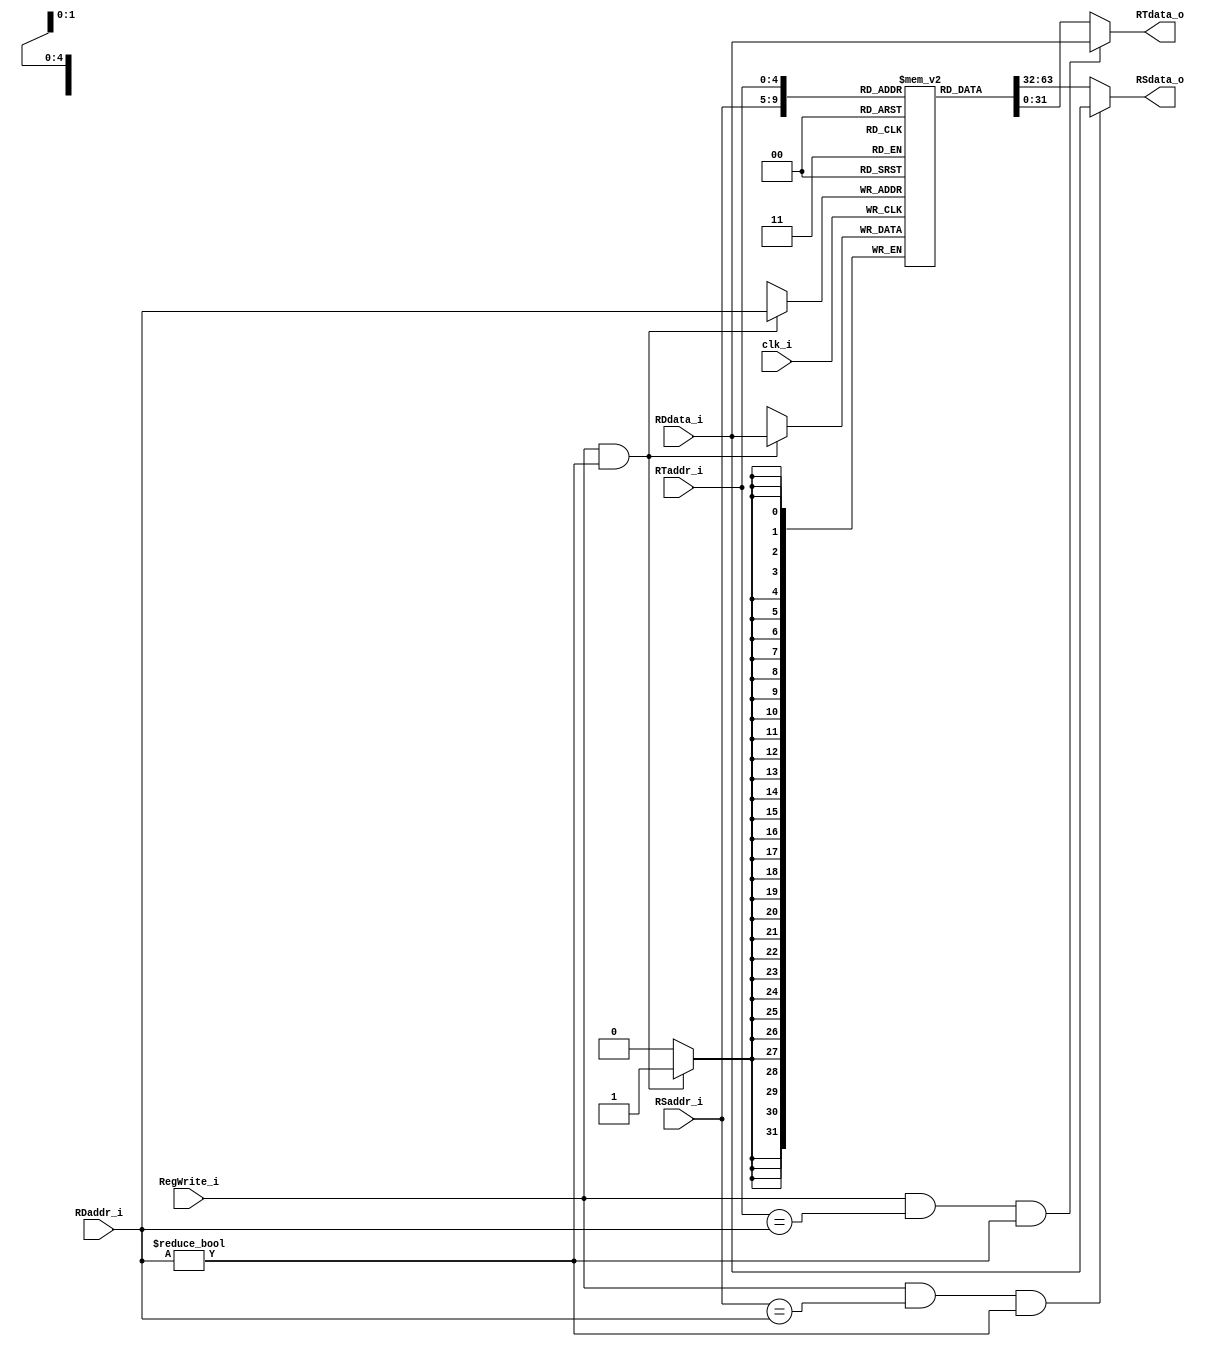
module Registers
(
    clk_i,
    RSaddr_i,
    RTaddr_i,
    RDaddr_i, 
    RDdata_i,
    RegWrite_i, 
    RSdata_o, 
    RTdata_o 
);

// Ports
input               clk_i;
input   [4:0]       RSaddr_i;
input   [4:0]       RTaddr_i;
input   [4:0]       RDaddr_i;
input   [31:0]      RDdata_i;
input               RegWrite_i;
output	[31:0]      RSdata_o; 
output	[31:0]      RTdata_o;

// Register File
reg     [31:0]      register        [0:31];
//reg		[31:0]		RSdata;
//reg		[31:0]		RTdata;


assign	RSdata_o = (RegWrite_i && (RSaddr_i == RDaddr_i) && (RDaddr_i != 5'b0)) ? RDdata_i : register[RSaddr_i];
assign	RTdata_o = (RegWrite_i && (RTaddr_i == RDaddr_i) && (RDaddr_i != 5'b0)) ? RDdata_i : register[RTaddr_i];



always@(posedge clk_i) begin
    if(RegWrite_i && (RDaddr_i != 5'b0))
        register[RDaddr_i] = RDdata_i;
	//RSdata = register[RSaddr_i];
	//RTdata = register[RTaddr_i];
	
end

// Write then read Data   
/*
always@(posedge clk_i) begin
    if(RegWrite_i)
        register[RDaddr_i] = RDdata_i;
	#1
	RSdata = register[RSaddr_i];
	RTdata = register[RTaddr_i];

end*/


  
endmodule